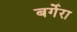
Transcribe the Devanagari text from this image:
बर्गेरा